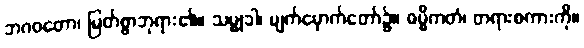
ဘဂဝတော၊ မြတ်စွာဘုရား၏။ သမ္မုခါ၊ မျက်မှောက်တော်၌။ ဓမ္မိကတံ၊ တရားစကားကို။